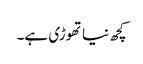
کچھ نیاتھوڑی ہے۔